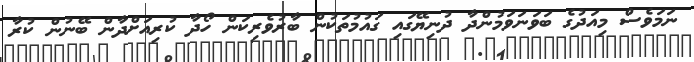
ނަމަވެސް މިއަދުގެ ބަވަނަވަމުންދާ ދުނިޔޭގައި ގައުމުތަކުން ބާރުވެރިކަން ހޯދާ ކުރިއަށްދާން ބޭނުން ކުރާ